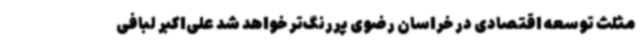
مثلث توسعه اقتصادی در خراسان رضوی پررنگ‌تر خواهد شد علی‌اکبر لبافی